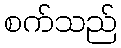
စက်သည်